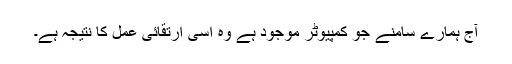
آج ہمارے سامنے جو کمپیوٹر موجود ہے وہ اسی ارتقائی عمل کا نتیجہ ہے۔